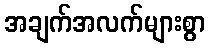
အချက်အလက်များစွာ